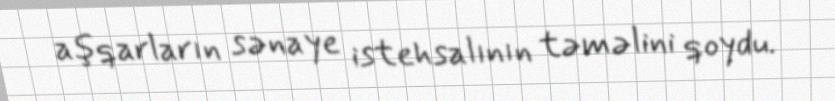
aşqarların sənaye istehsalının təməlini qoydu.